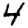
Digit: 4